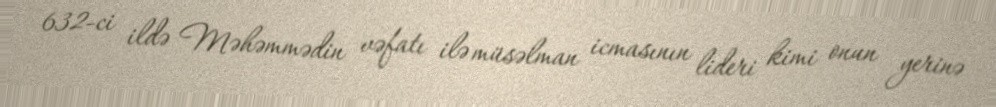
632-ci ildə Məhəmmədin vəfatı ilə müsəlman icmasının lideri kimi onun yerinə